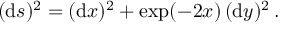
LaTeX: ( \mathrm { d } s ) ^ { 2 } = ( \mathrm { d } x ) ^ { 2 } + \exp ( - 2 x ) \, ( \mathrm { d } y ) ^ { 2 } \, .